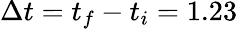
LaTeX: \Delta t=t_{f}-t_{i}=1.23